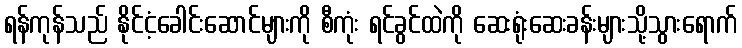
ရန်ကုန်သည် နိုင်ငံ့ခေါင်းဆောင်များကို စီကုံး ရင်ခွင်ထဲကို ဆေးရုံးဆေးခန်းများသို့သွားရောက်